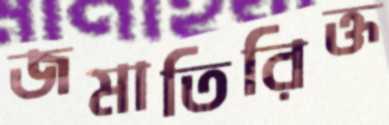
জমাতিরিক্ত